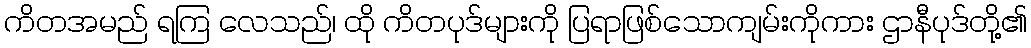
ကိတအမည် ရကြ လေသည်၊ ထို ကိတပုဒ်များကို ပြရာဖြစ်သောကျမ်းကိုကား ဌာနီပုဒ်တို့၏